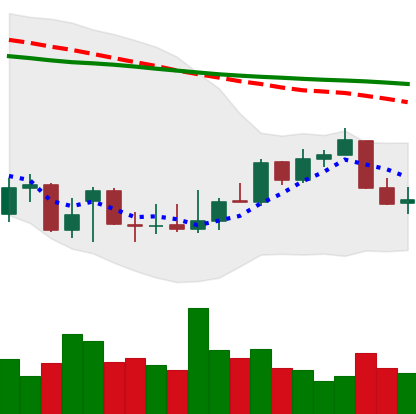
Ticker: XLM-USD
Chart end date: 2021-12-30
Forward return: 4.227%
Label: up_3_5